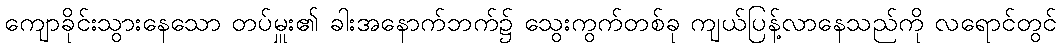
ကျောခိုင်းသွားနေသော တပ်မှူး၏ ခါးအနောက်ဘက်၌ သွေးကွက်တစ်ခု ကျယ်ပြန့်လာနေသည်ကို လရောင်တွင်